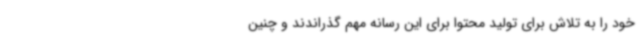
خود را به تلاش برای تولید محتوا برای این رسانه مهم گذراندند و چنین